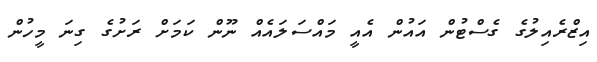
އިޒްރެއިލުގެ ގެސްޓުން އައުން އެއީ މައްސަލައެއް ނޫން ކަމަށް ރަށުގެ ގިނަ މީހުން